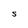
Character: S